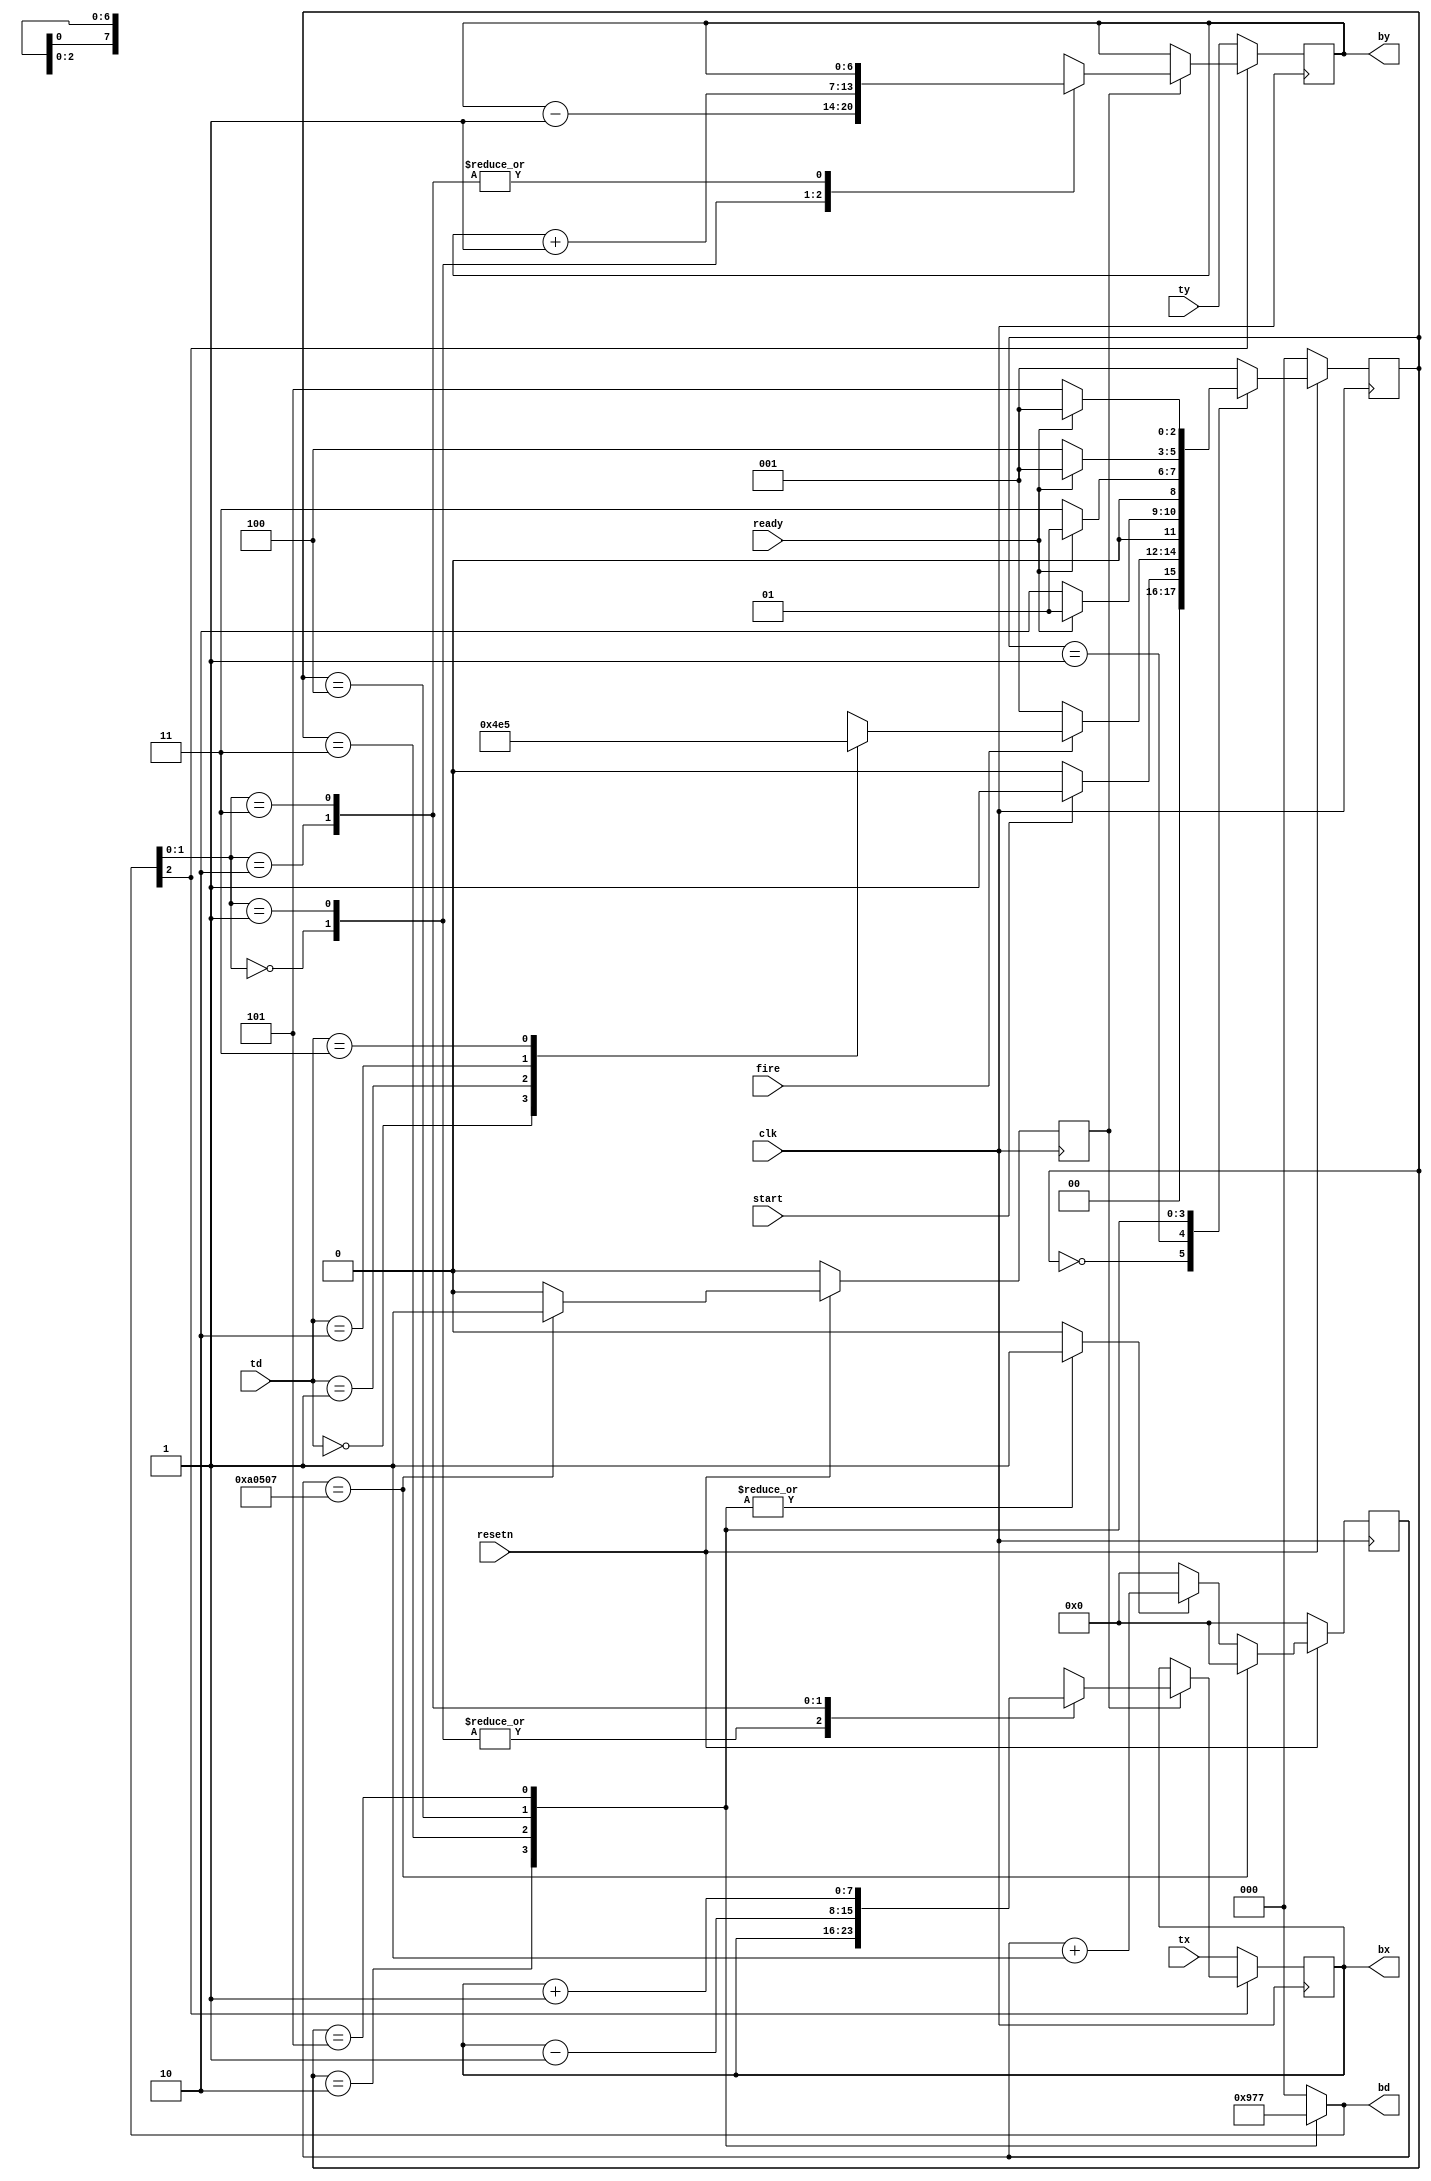
module bullet(clk,resetn,tx,ty,td,ready,fire,bx,by,bd,start);
	input clk,resetn,start;//xe tank san sang
	input [7:0] tx; 
	input [6:0] ty; 
	input [1:0] td; 
	input ready; // kiem tra xem vien dan co san sang de dc ban k
	input fire; //cho phep ban
	output reg [7:0] bx; 
	output reg [6:0] by; 
	output reg [2:0] bd; 
	
	//khai bao bien
	reg [2:0] current_state,next_state;	//trang thai
	reg divider_enable; // bat dau` bo dem
	reg [19:0] dividerout; // counter
	reg divider; // 1 cycle bo dem
	//khai bao cac trang thai
	localparam   
					WAIT = 3'd0,   
					READY = 3'd1,  
					UP      = 3'd2,
					DOWN    = 3'd3,
					LEFT    = 3'd4,
					RIGHT   = 3'd5;				
		// su chuyen trang thai
		always@(*)
		begin: state_table 
				case (current_state)
					WAIT: next_state = start ? READY : WAIT;
					READY: begin 
								if(!fire)// cho phep ban
									next_state = READY;
								else begin 
									case(td) 
										2'd0: next_state = UP;
										2'd1: next_state = DOWN;
										2'd2: next_state = LEFT;
										2'd3: next_state = RIGHT;
									endcase
								end
							end
					UP: next_state = ready ? READY : UP;
					DOWN: next_state = ready ? READY : DOWN;
					LEFT: next_state = ready ? READY : LEFT;
					RIGHT: next_state = ready ? READY : RIGHT;
					default: next_state = READY;
				endcase
		end
												 
		//ke thua` trang thai
		always@(posedge clk)
		begin: state_FFs
			if(!resetn) 
				current_state <= WAIT;
			else // 
				current_state <= next_state;
		end 
		// trien khai tung qua trinh xay ra trong tung trang thai
		always @(*)
		begin: output_logic
			divider_enable = 1'b0;
			bd = 3'd0;
			case (current_state) 
				READY: begin 
					divider_enable = 1'b0; 
					bd = 3'd0;
					end
				UP: begin
					divider_enable = 1'b1;
					bd = 3'b100;
					end
				DOWN: begin
					divider_enable = 1'b1;
					bd = 3'b101;
					end
				LEFT: begin
					divider_enable = 1'b1;
					bd = 3'b110;
					end
				RIGHT: begin
					divider_enable = 1'b1;
					bd = 3'b111;
					end
			endcase
		end
		// bo dem
	always @(posedge clk)
		begin:ratedivider
			if(!resetn)begin
				dividerout <=  20'd0;
				divider <= 1'd0;
				end
			else if(dividerout == 20'b10100000010100000111)begin
				dividerout <= 20'd0;
				divider <= 1'd1;
				end
			else if(divider_enable == 1'd0)begin
				dividerout <= 20'd0;
				divider <= 1'd0;
				end
			else begin
				dividerout <= dividerout + 1'b1;
				divider <= 1'd0;
				end
		end
	
	always @(posedge clk)
		begin
			if(!bd[2])begin //bit thu 3 kiem tra xem co vien dan k ? neu k thi cap nhat trang thai cua xe tank
				bx <= tx;
				by <= ty;
				end
			else if(divider == 1'd1)begin
				case(bd[1:0])
					2'd0: begin 
						bx <= bx;
						by <= by-1'd1;
						end
					2'd1: begin 
						bx <= bx;
						by <= by+1'd1;
						end
					2'd2: begin 
						bx <= bx-1'd1;
						by <= by;
						end
					2'd3: begin 
						bx <= bx+1'd1;
						by <= by;
						end
				endcase
			end
			else begin
				bx <= bx;
				by <= by;
				end
		end
endmodule